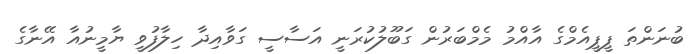
ބުނަންތަ ޕީޕީއެމްގެ އާއްމު މެމްބަރުން ގަބޫލުކުރަނީ އަސާސީ ގަވާއިދާ ހިލާފުވީ ޔާމީނުއާ އޭނާގެ